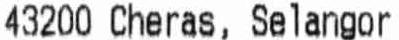
43200 CHERAS, SELANGOR